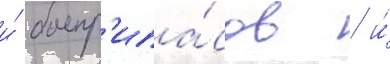
и́ боепр'ипа́сов / и́